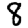
Digit: 8